King Institute of Preventive Medicine Bacteriolog. Section reports 1907-08
Year: 1907
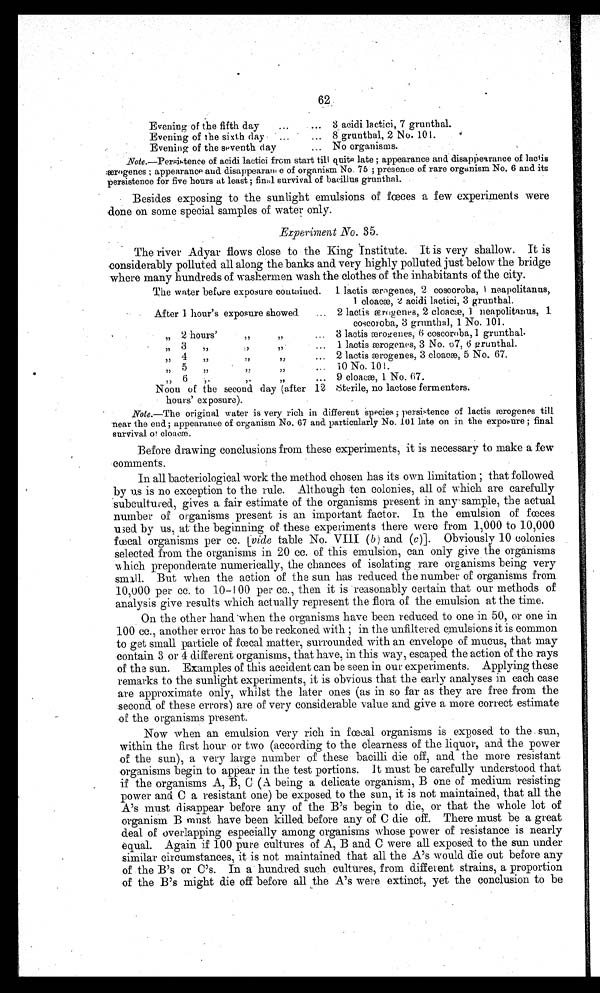
•
•
•
62 ;
Evening of the fifth day ... lactici, 7 grunthal.
Evening of the sixth day • • ... • ... 8 grunthal, 2 No. 101.
Evening of the seventh clay
• • No organisms.
Note.—Persistence of acidi lactici from start till quite late ; appearance and disappearance of lactis
æergenes ; appearance and disappearan, e of organism No. 75 ; presence of rare organism No. 6 and its
persistence for five hours at least ; finial survival of bacillus grunthal.
Besides exposing to the sunlight emulsions of fœces few experiments were
•done on some special samples of water only.
Experiment No. 35.
• The river Adyar flows close to the King Institute. It is very shallow. It is
considerably polluted all along the banks and very highly polluted just below the bridge
where many hundreds of washermen wash the clothes of the inhabitants of the city.
The water before exposure contained. 1 lactis æærogenes, 2 coscoroba, i neapolitanus,
1 cloacm 2 acidi lactici, 3 grunthal.
After 1 hour's exposure showed
... 2 lactis æærogenes, 2 cloace, 1 neapolitanus, 1
coscoroba, 3 grunthal, 1 No. 101.
2 hours'
... 3 lactis ærogenes, 6 coscoroba, 1 grunthal.
,,
g
3
lactis ærogenes, 3 No. o7, 6 grunthal.
,,
,, • • •
4 ,,
• •• 2 lactis æarogenes, 3 cloaoæ, 5 No. 67.
5
10 No. 10
,,
6
,, • • • 9 cloacæ,, 1 No. 67.
Noon of the second day (after 12 Sterile, no lactose fermenters.
hours' exposure).
Note.—The original water is very rich in different Species ; persistence of lactis æærogenes till
near the end ; appearance of organism No. 67 and particularly No. 101 late on in the exposure ; final
survival of cloaca.
Before drawing conclusions from these experiments, it is necessary to make a few
comments.
In all bacteriological work the method chosen has its own limitation ; that followed
b y u s i s n o e x c e p t i o n t o t h e r u l e . A l t h o u g h t e n c o l o n i e s , a l l o f w h i c h a r e c a r e f u l l y
'subcultured, gives a fair estimate of the organisms present in any sample, the actual
number of organisms present is an important factor. In the emulsion of faeces
used by us, at the beginning of these experiments there were from 1,000 to 1.0,000
faecal organisms per cc. Lvide table No. VIII (b) and (c)]. Obviously 10 colonies
selected from the organisms in 20 cc. of this emulsion, can only give the organisms
w h i c h p r e p o n d e r a t e n u m e r i c a l l y , t h e c h a n c e s o f i s o l a t i n g r a r e o r g a n i s m s b e i n g v e r y
.small.. But when the action of the sun has reduced the number of organisms from
10,00 per cc. to 10-100 per cc. then it is 'reasonably certain that our methods of
analysis give results which actually represent the flora of the emulsion at the time.
On the other hand 'when the organisms have been reduced to one in 50, or one in
100 cc., another error has to be reckoned with ; in the unfiltered emulsions it is common
-to get small particle of fecal matter, surrounded with an envelope of mucus, that may
contain 3 or 4 different organisms, that have, in this way, escaped the action of the rays
of the sun. Examples of this accident can be seen in our experiments. Applying these
remarks to the sunlight experiments, it is obvious that the early analyses in each case
are approximate only, whilst the later ones (as in so far as they are free from the
:second of these errors) are of very considerable value and give a more correct estimate
of the organisms present.
Now when an emulsion very rich in fecal organisms is exposed to the sun,
within the first hour or two (according to the clearness of the liquor, and the power
of the sun), a very large number of these bacilli die off, and. the more resistant
organisms begin to appear in the test portions. It must be carefully understood that
if the organisms A, B, C (A being a delicate organism, B one of medium resisting
power and. C a resistant one) be exposed to the sun, it is not maintained, that all the
A's must disappear before any of the B's begin to die, or that the whole lot of
organism B must have been killed before any of C die off. There must be a great
deal of overlapping especially among organisms whose power of resistance is nearly
equal. Again if 100 pure Cultures of A, B and C were all exposed to the sun under
similar circumstances, it is not maintained that all the A's would. die out before any
of -the B's or C's. In a' hundred such cultures, from different strains, a proportion
-of the B's might die off before all the A's were extinct, yet the conclusion to be